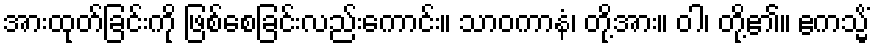
အားထုတ်ခြင်းကို ဖြစ်စေခြင်းလည်းကောင်း။ သာဝကာနံ၊ တို့အား။ ဝါ၊ တို့၏။ ဧကသ္မိံ